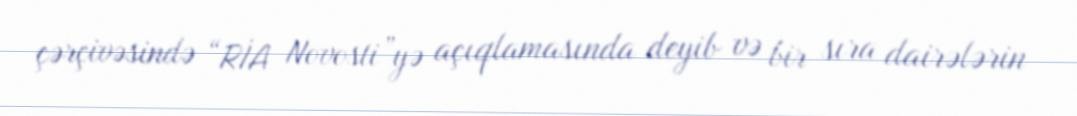
çərçivəsində “RİA Novosti”yə açıqlamasında deyib və bir sıra dairələrin